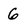
Character: 6